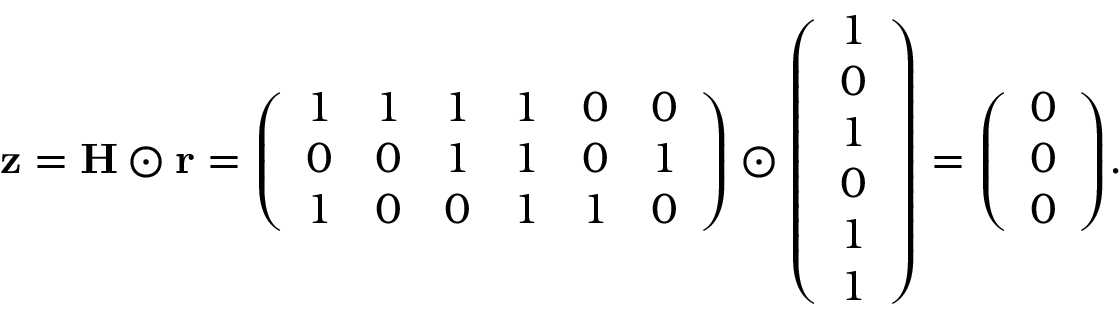
\mathbf { z } = \mathbf { H \odot r } = { \left( \begin{array} { l l l l l l } { 1 } & { 1 } & { 1 } & { 1 } & { 0 } & { 0 } \\ { 0 } & { 0 } & { 1 } & { 1 } & { 0 } & { 1 } \\ { 1 } & { 0 } & { 0 } & { 1 } & { 1 } & { 0 } \end{array} \right) } \odot { \left( \begin{array} { l } { 1 } \\ { 0 } \\ { 1 } \\ { 0 } \\ { 1 } \\ { 1 } \end{array} \right) } = { \left( \begin{array} { l } { 0 } \\ { 0 } \\ { 0 } \end{array} \right) } .